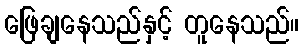
ဖြေချနေသည်နှင့် တူနေသည်။